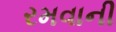
રમવાની